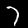
Digit: 7